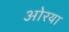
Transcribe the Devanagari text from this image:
ओरया